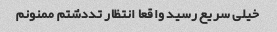
خیلی سریع رسید واقعا انتظار تددشتم ممنونم